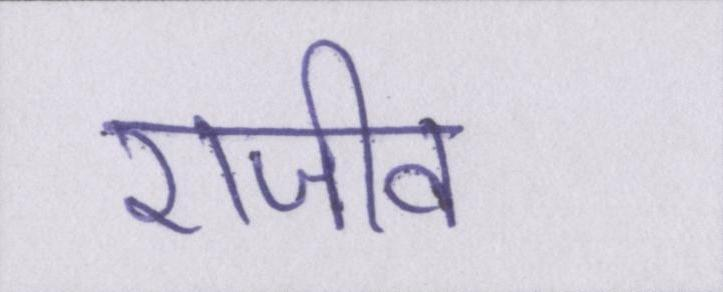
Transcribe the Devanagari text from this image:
राजीव